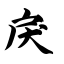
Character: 戾